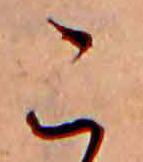
こ